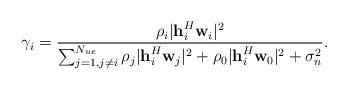
LaTeX: \begin{align*} \gamma_i &= \frac{\rho_i\vert \textbf{h}_i^H \textbf{w}_i\vert^2}{\sum_{j=1,j\neq i}^{N_{ue}}\rho_j\vert \textbf{h}_i^H \textbf{w}_j\vert^2+\rho_0\vert \textbf{h}_i^H \textbf{w}_0\vert^2+\sigma_n^2}.\end{align*}